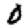
Digit: 0